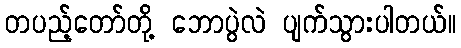
တပည့်တော်တို့ ဘောပွဲလဲ ပျက်သွားပါတယ်။